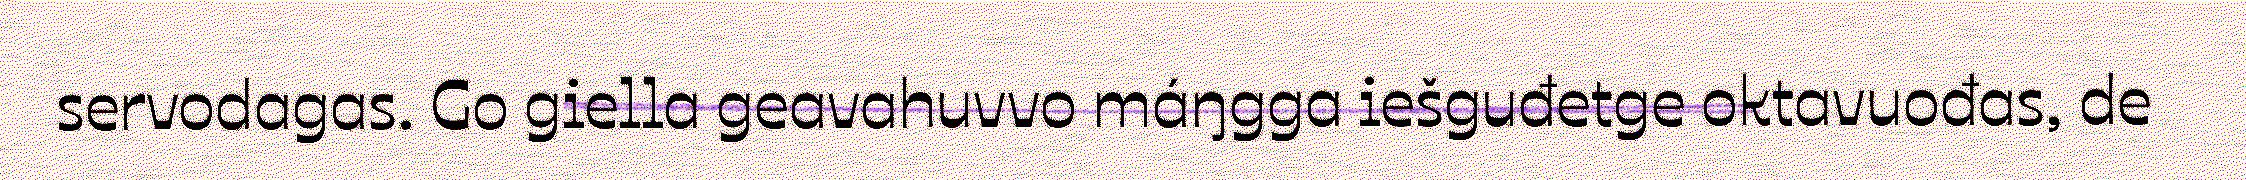
servodagas. Go giella geavahuvvo máŋgga iešguđetge oktavuođas, de